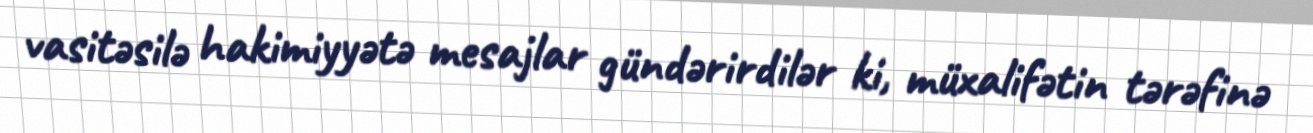
vasitəsilə hakimiyyətə mesajlar gündərirdilər ki, müxalifətin tərəfinə